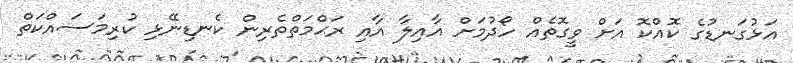
އަޅުގަނޑުގެ ކޮއްކޮ އަށް ވީގޮތެއް ހޯދުމަށް އާއިލާ އާއި ރަޙްމަތްތެރިން ކެނޑިނޭޅި ކުރިމަސައްކަތް